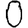
Digit: 0